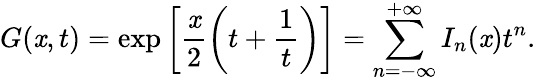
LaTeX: G(\mathit{x},t)=\exp\left[\frac{{\mathit{x}}}{{2}}\left(t+\frac{{1}}{{t}}\right)\right]=\sum_{n=-\infty}^{+\infty}I_{n}(\mathit{x})t^{n}.